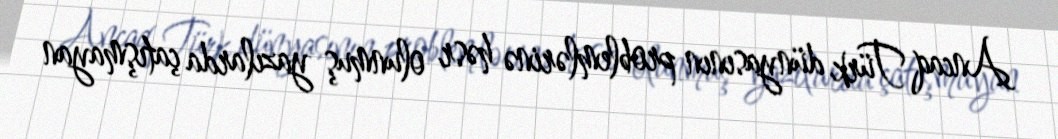
Ancaq Türk dünyasının problemlərinə həsr olunmuş yazılarda çatışmayan